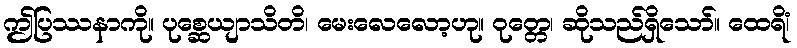
ဤပြဿနာကို။ ပုစ္ဆေယျာသိတိ၊ မေးလေလော့ဟု။ ဝုတ္တေ၊ ဆိုသည်ရှိသော်။ ထေရိံ၊